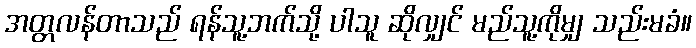
အတ္တလန်တာသည် ရန်သူ့ဘက်သို့ ပါသူ ဆိုလျှင် မည်သူ့ကိုမျှ သည်းမခံ။